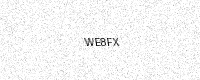
Text: WE8FX